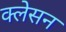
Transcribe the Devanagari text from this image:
क्‍लेसन